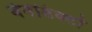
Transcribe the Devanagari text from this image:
बेनेडिक्टो